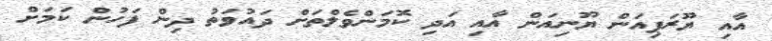
އާއި ޔޫރަޕިއަން ޔޫނިއަން އާއި އަދި ކޮމަންވެލްތަށް ދައުވަތު ދިން ފަހުން ކަމަށް